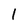
Character: 1